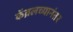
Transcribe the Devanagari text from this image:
कॅब्रलच्यानंतर